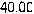
40.00